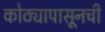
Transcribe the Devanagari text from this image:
कोठ्यापासूनची